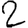
Digit: 2